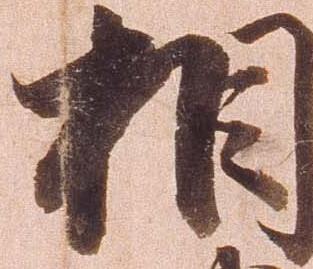
相